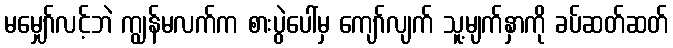
မမျှော်လင့်ဘဲ ကျွန်မလက်က စားပွဲပေါ်မှ ကျော်လျက် သူ့မျက်နှာကို ခပ်ဆတ်ဆတ်